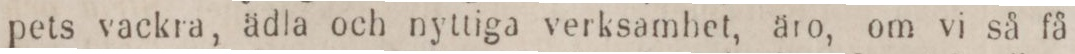
pets vackra, ädla och nyttiga verksamhet, äto, om vi så få